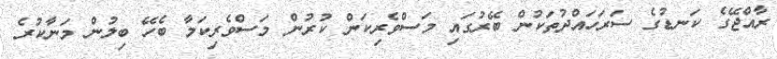
ރާއްޖޭގެ ކަނޑުގެ ސަރަހައްދުތަކުން ބޭރުގައި މަސްވެރިކަން ކުރުން މަސްވެރިކަމާ ބެހޭ ބިލުން މަނާކުރެ